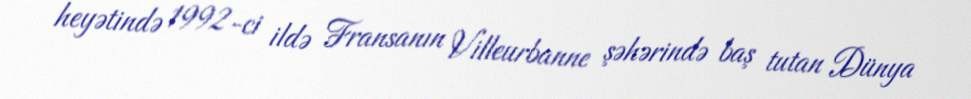
heyətində 1992-ci ildə Fransanın Villeurbanne şəhərində baş tutan Dünya